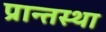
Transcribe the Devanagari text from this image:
प्रान्तस्था